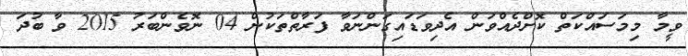
ވީމާ މިމަސައްކަތް ކޮށްދެއްވަން އެދިވަޑައިގަންނަވާ ފަރާތްތަކުން 04 ނޮވެންބަރު 2015 ވާ ބުދަ